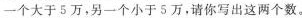
一个大于5万，另一个小于5万，请你写出这两个数。